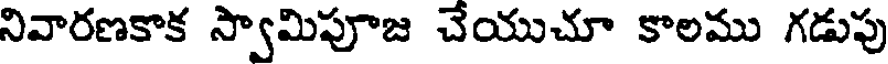
నివారణకాక స్వామిపూజ చేయుచూ కాలము గడుపు